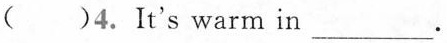
()4.It's warm in ___.